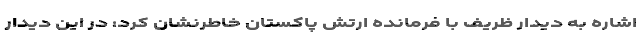
اشاره به دیدار ظریف با فرمانده ارتش پاکستان خاطرنشان کرد: در این دیدار